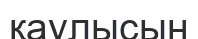
қаулысын